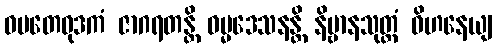
ဝမတေဝုဒကံ ဇာဂရတန္တိ ဓမ္မဒေသနန္တိ နိဗ္ဗာနသုတ္တံ ဝိဟနေယျ